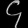
Digit: ၄